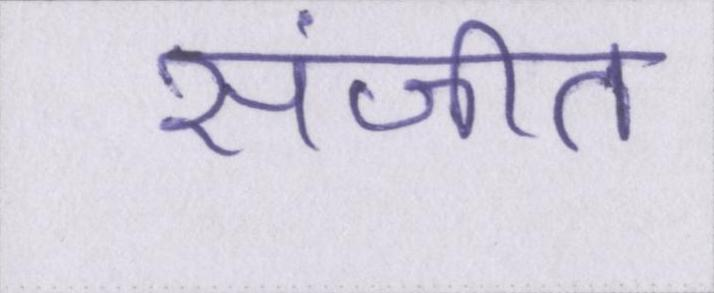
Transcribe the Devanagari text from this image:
संजीत